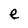
Character: e